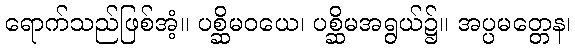
ရောက်သည်ဖြစ်အံ့။ ပစ္ဆိမဝယေ၊ ပစ္ဆိမအရွယ်၌။ အပ္ပမတ္တေန၊